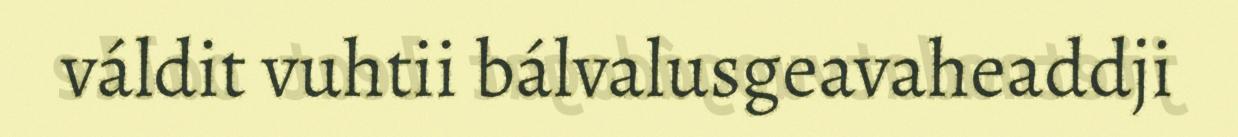
váldit vuhtii bálvalusgeavaheaddji